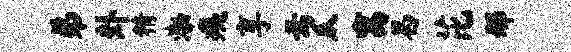
弟卦精渤痍享焉瓜寓曷芘邢